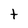
Character: t